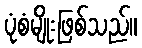
ပုံစံမျိုးဖြစ်သည်။